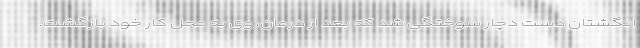
انگشتان دست دچار سوختگی شد که بعد از درمان، وی به محل کار خود بازگشت.